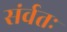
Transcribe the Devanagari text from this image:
संर्वतः